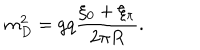
LaTeX: m _ { D } ^ { 2 } = g q { \frac { \xi _ { 0 } + \xi _ { \pi } } { 2 \pi R } } .